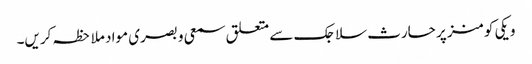
ویکی کومنز پر حارث سلاجک سے متعلق سمعی و بصری مواد ملاحظہ کریں۔